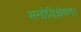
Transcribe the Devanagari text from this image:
मनोविश्लेषण।